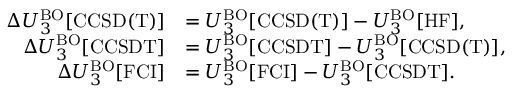
\begin{array} { r l } { \Delta U _ { 3 } ^ { \mathrm { B O } } [ \mathrm { C C S D ( T ) } ] } & { = U _ { 3 } ^ { \mathrm { B O } } [ \mathrm { C C S D ( T ) } ] - U _ { 3 } ^ { \mathrm { B O } } [ \mathrm { H F } ] , } \\ { \Delta U _ { 3 } ^ { \mathrm { B O } } [ \mathrm { C C S D T } ] } & { = U _ { 3 } ^ { \mathrm { B O } } [ \mathrm { C C S D T } ] - U _ { 3 } ^ { \mathrm { B O } } [ \mathrm { C C S D ( T ) } ] , } \\ { \Delta U _ { 3 } ^ { \mathrm { B O } } [ \mathrm { F C I } ] } & { = U _ { 3 } ^ { \mathrm { B O } } [ \mathrm { F C I } ] - U _ { 3 } ^ { \mathrm { B O } } [ \mathrm { C C S D T } ] . } \end{array}